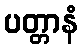
ပတ္တာနံ